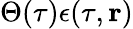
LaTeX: \Theta(\tau)\epsilon(\tau,{\mathbf r})